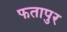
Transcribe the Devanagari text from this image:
फतापुर